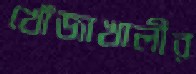
খোঁজাখালীর